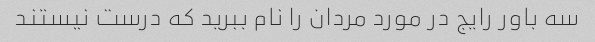
سه باور رایج در مورد مردان را نام ببرید که درست نیستند